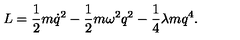
L = \frac 1 2 m \dot { q } ^ { 2 } - \frac 1 2 m \omega ^ { 2 } q ^ { 2 } - \frac 1 4 \lambda m q ^ { 4 } .